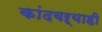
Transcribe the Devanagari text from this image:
कांदबऱ्याही